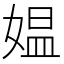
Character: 媪